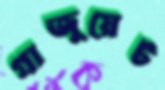
গ্রাজুয়েট